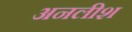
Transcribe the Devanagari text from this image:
अनलीश